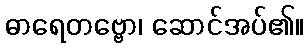
ဓာရေတဗ္ဗော၊ ဆောင်အပ်၏။